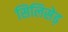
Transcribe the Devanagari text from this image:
सिलिसेढ़